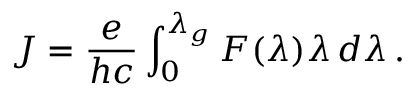
J = \frac { e } { h c } \int _ { 0 } ^ { \lambda _ { g } } F ( \lambda ) \lambda \, d \lambda \, .